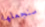
سنجعلها